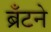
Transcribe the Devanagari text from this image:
ब्रँटने